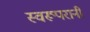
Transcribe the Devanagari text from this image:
स्वरूपरानी